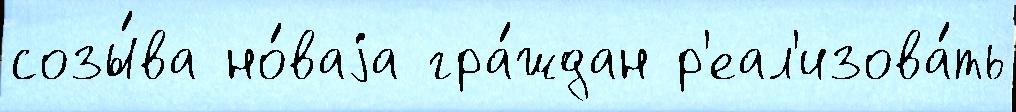
созы́ва но́ваjа гра́ждан р'еал'изова́ть